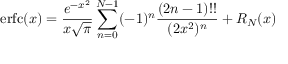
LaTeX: \operatorname { e r f c } ( x ) = { \frac { e ^ { - x ^ { 2 } } } { x { \sqrt { \pi } } } } \sum _ { n = 0 } ^ { N - 1 } ( - 1 ) ^ { n } { \frac { ( 2 n - 1 ) ! ! } { ( 2 x ^ { 2 } ) ^ { n } } } + R _ { N } ( x )